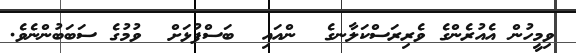
ވިމީހުން އެއުރެންގެ ވެރިރަސްކަލާނގެ  ންއައި  ބަސްފުޅަށް  ވުމުގެ ސަބަބުންނެވެ.